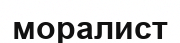
моралист